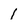
Character: 1